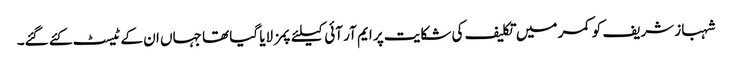
شہباز شریف کو کمر میں تکلیف کی شکایت پر ایم آر آئی کیلئے پمز لایا گیا تھا جہاں ان کے ٹیسٹ کئے گئے۔